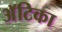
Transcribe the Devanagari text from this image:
अॅटिका